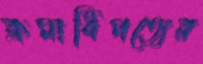
ক্রমাধিপত্যের